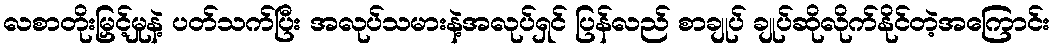
လစာတိုးမြှင့်မှုနဲ့ ပတ်သက်ပြီး အလုပ်သမားနဲ့အလုပ်ရှင် ပြန်လည် စာချုပ် ချုပ်ဆိုလိုက်နိုင်တဲ့အကြောင်း